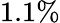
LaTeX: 1.1\%